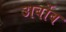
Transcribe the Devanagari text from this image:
अर्बोब